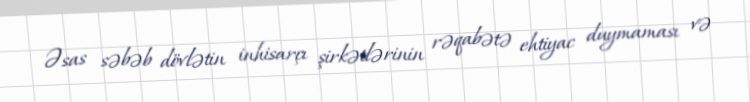
Əsas səbəb dövlətin inhisarçı şirkətlərinin rəqabətə ehtiyac duymaması və